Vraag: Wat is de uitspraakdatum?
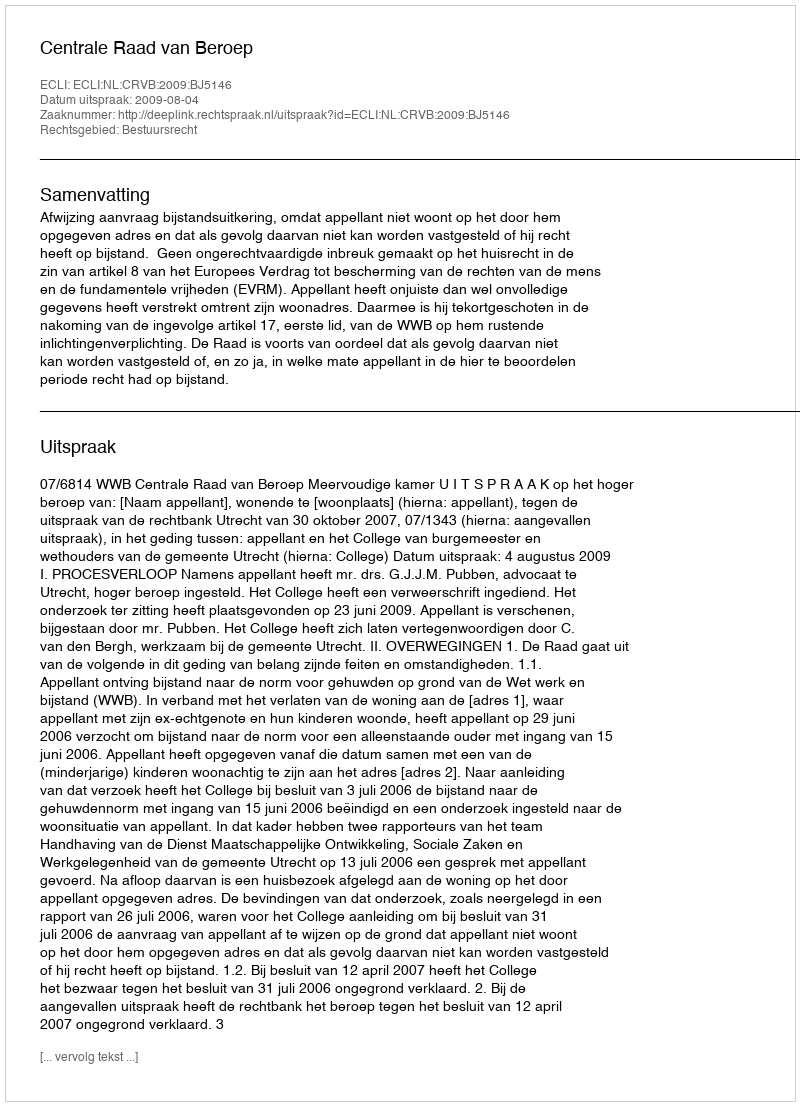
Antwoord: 2009-08-04